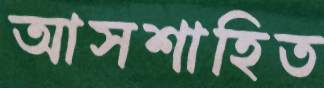
আসশাহিত